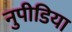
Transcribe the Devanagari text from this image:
नुपीडिया